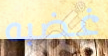
غضبه